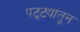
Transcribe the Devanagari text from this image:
पट्ट्यातून